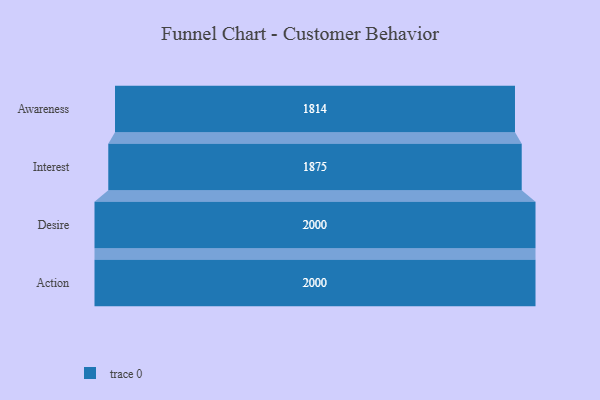
{"axis": {"x": "Stage", "y": "Value"}, "legend": [""], "data": [{"x": "Awareness", "y": 1814.0, "type": ""}, {"x": "Interest", "y": 1875.0, "type": ""}, {"x": "Desire", "y": 2000, "type": ""}, {"x": "Action", "y": 2000, "type": ""}]}